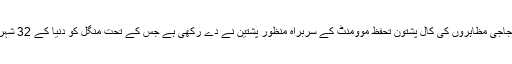
ان کی ہلاکت کے خلاف ان احتجاجی مظاہروں کی کال پشتون تحفظ موومنٹ کے سربراہ منظور پشتین نے دے رکھی ہے جس کے تحت منگل کو دنیا کے 32 شہروں میں احتجاج کیا جا رہا ہے۔